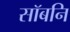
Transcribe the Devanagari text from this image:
सॉबनि